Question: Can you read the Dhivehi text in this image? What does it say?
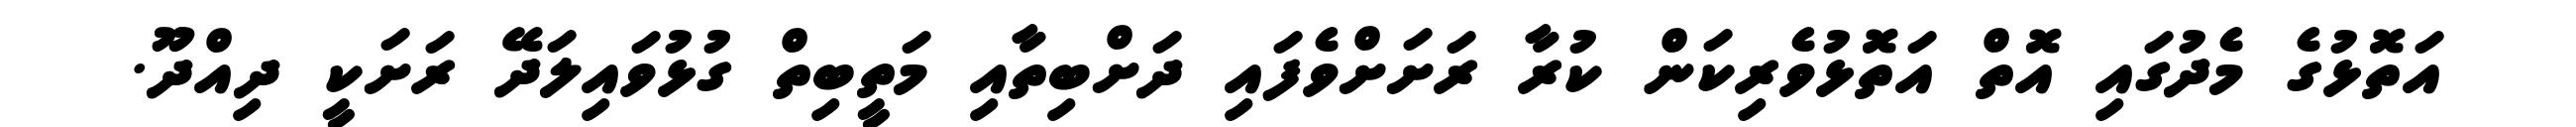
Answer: އަތޮޅުގެ މެދުގައި އޮތް އަތޮޅުވެރިކަން ކުރާ ރަށަށްވެފައި ދަށްބިތާއި މަތީބިތް ގުޅުވައިލަދޭ ރަށަކީ ދިއްދޫ.